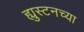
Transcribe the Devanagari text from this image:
ह्युस्टनच्या